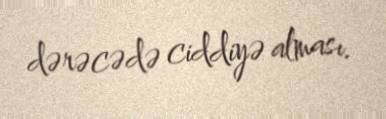
dərəcədə ciddiyə alması.